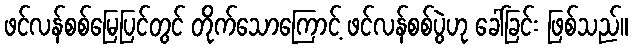
ဖင်လန်စစ်မြေပြင်တွင် တိုက်သောကြောင့် ဖင်လန်စစ်ပွဲဟု ခေါ်ခြင်း ဖြစ်သည်။